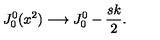
J _ { 0 } ^ { 0 } ( x ^ { 2 } ) \longrightarrow J _ { 0 } ^ { 0 } - { \frac { s k } { 2 } } .